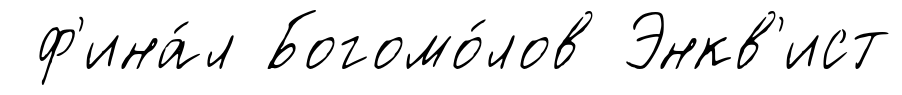
ф'ина́л Богомо́лов Энкв'ист